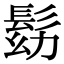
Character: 𩬗